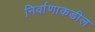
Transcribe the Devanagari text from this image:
निर्वाणाकडील